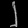
Digit: ၂